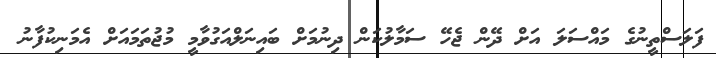
ފަލަސްތީނުގެ މައްސަލަ އަށް ދޭން ޖެހޭ ސަމާލުކަން ދިނުމަށް ބައިނަލްއަގުވާމީ މުޖުތަމައަށް އެމަނިކުފާނު